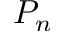
P _ { n }